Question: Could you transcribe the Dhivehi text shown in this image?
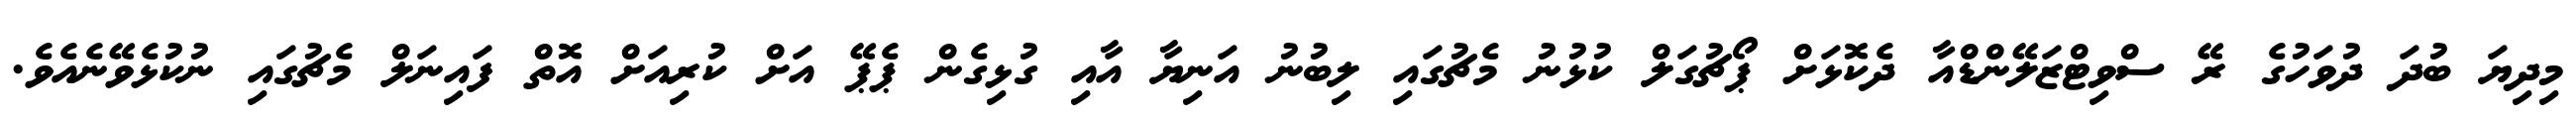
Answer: މިދިޔަ ބުދަ ދުވަހުގެ ރޭ ސްވިޓްޒަލޭންޑްއާ ދެކޮޅަށް ޕޯޗުގަލް ކުޅުނު މެޗުގައި ލިބުނު އަނިޔާ އާއި ގުޅިގެން ޕެޕޭ އަށް ކުރިއަށް އޮތް ފައިނަލް މެޗުގައި ނުކުޅެވޭނެއެވެ.